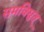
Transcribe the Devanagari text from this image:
समविद्युत्‌